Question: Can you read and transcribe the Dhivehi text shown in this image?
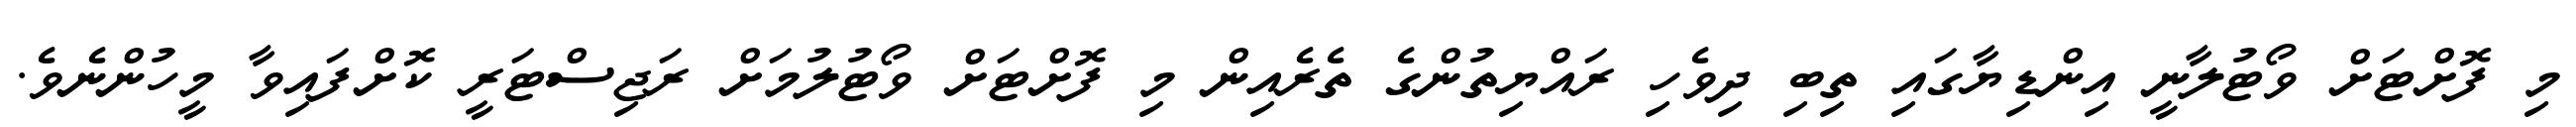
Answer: މި ފޮށްޓަށް ވޯޓުލާނީ އިންޑިޔާގައި ތިބި ދިވެހި ރައްޔިތުންގެ ތެރެއިން މި ފޮށްޓަށް ވޯޓުލުމަށް ރަޖިސްޓަރީ ކޮށްފައިވާ މީހުންނެވެ.